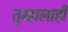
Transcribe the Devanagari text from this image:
तुम्हालाही